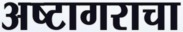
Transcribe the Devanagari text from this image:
अष्टागराचा